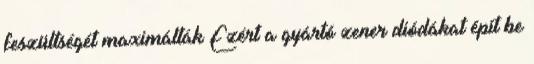
feszültségét maximálták Ezért a gyártó zener diódákat épít be